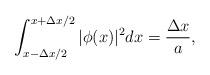
LaTeX: \begin{align*}\int_{x-\Delta x/2}^{x+\Delta x/2}|\phi(x)|^{2}dx= \frac{\Delta x}{a},\end{align*}